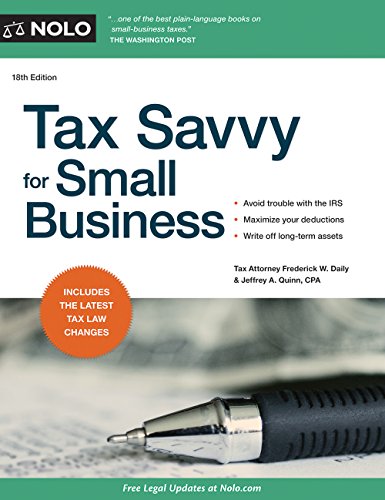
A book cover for Tax Savvy for Small Business; Frederick W. Daily Attorney; Business & Money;